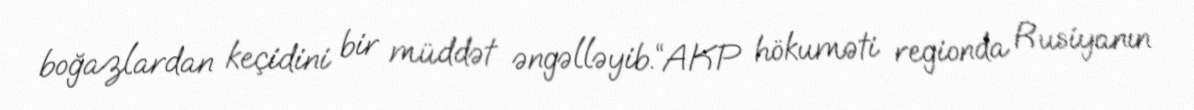
boğazlardan keçidini bir müddət əngəlləyib.“AKP hökuməti regionda Rusiyanın